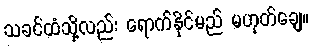
သခင်ထံသို့လည်း ရောက်နိုင်မည် မဟုတ်ချေ။